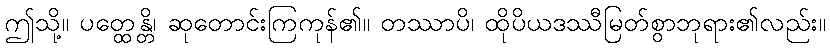
ဤသို့။ ပတ္ထေန္တိ၊ ဆုတောင်းကြကုန်၏။ တဿာပိ၊ ထိုပိယဒဿီမြတ်စွာဘုရား၏လည်း။